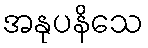
အနုပနိသေ